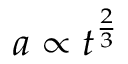
a \propto t ^ { \frac { 2 } { 3 } }